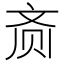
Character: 𬹳